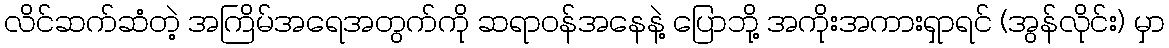
လိင်ဆက်ဆံတဲ့ အကြိမ်အရေအတွက်ကို ဆရာဝန်အနေနဲ့ ပြောဘို့ အကိုးအကားရှာရင် (အွန်လိုင်း) မှာ